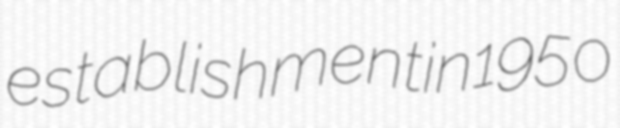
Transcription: establishment in 1950